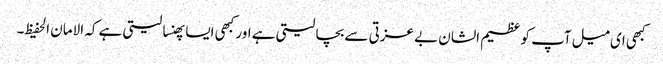
کبھی ای میل آپ کو عظیم الشان بے عزتی سے بچا لیتی ہے اور کبھی ایسا پھنسا لیتی ہے کہ الامان الحفیظ۔